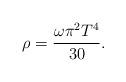
LaTeX: \begin{align*}\rho=\frac{\omega\pi^2T^4}{30}.\end{align*}